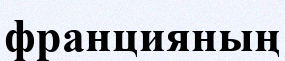
францияның